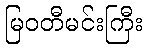
မြဝတီမင်းကြီး